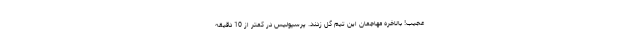
عجیب! بالاخره مهاجمان این تیم گل زدند. پرسپولیس در کمتر از 10 دقیقه